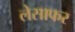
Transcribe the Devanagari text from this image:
लेसाफर